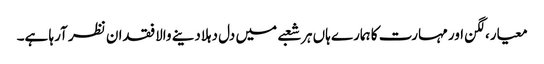
معیار،لگن اور مہارت کا ہمارے ہاں ہر شعبے میں دل دہلادینے والا فقدان نظر آرہا ہے۔